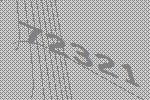
72321